Code of medical and sanitary regulations for the guidance of medical officers serving in the Madras Presidency - Volume II
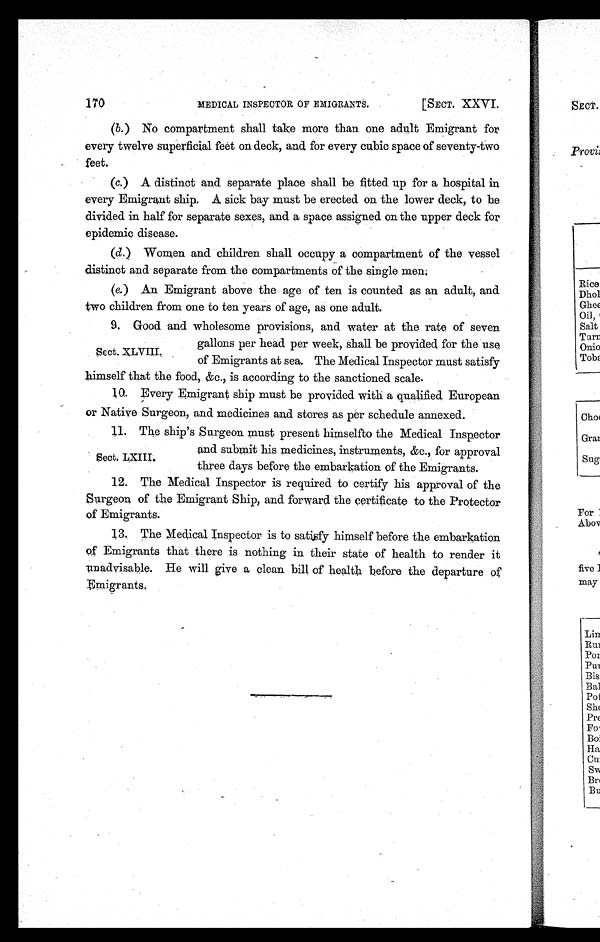
MEDICAL INSPECTOR OF EMIGRANTS.
[SECT. XXVI.
170
(b.)No compartment shall take more than one adult Emigrant for
every twelve superficial feet on deck, and for every cubic space of seventy-two
feet.
(c.)A distinct and separate place shall be fitted up for a hospital in
every Emigrant ship. A sick bay must be erected on the lower deck, to be
divided in half for separate sexes, and a space assigned on the upper deck for
epidemic disease.
(d.)Women and children shall occupy a compartment of the vessel
distinct and separate from the compartments of the single men.
(e.)An Emigrant above the age of ten is counted as an adult, and
two children from one to ten years of age, as one adult.
9.Good and wholesome provisions, and water at the rate of seven
gallons per head per week, shall be provided for the use
of Emigrants at sea. The Medical Inspector must satisfy
himself that the food, &c., is according to the sanctioned scale.
10.Every Emigrant ship must be provided with a qualified European
or Native Surgeon, and medicines and stores as per schedule annexed.
11.The ship's Surgeon must present himselfto the Medical Inspector
and submit his medicines, instruments, &c., for approval
three days before the embarkation of the Emigrants.
12.The Medical Inspector is required to certify his approval of the
Surgeon of the Emigrant Ship, and forward the certificate to the Protector
of Emigrants.
13.The Medical Inspector is to satisfy himself before the embarkation
of Emigrants that there is nothing in their state of health to render it
unadvisable. He will give a clean bill of health before the departure of
Emigrants.
Sect. XLVIII.
Sect . LXIII.